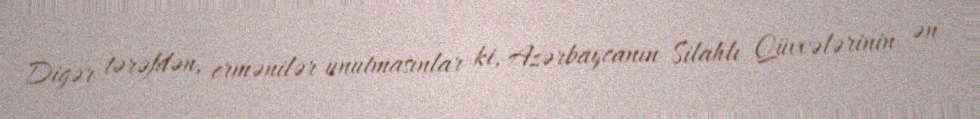
Digər tərəfdən, ermənilər unutmasınlar ki, Azərbaycanın Silahlı Qüvvələrinin ən